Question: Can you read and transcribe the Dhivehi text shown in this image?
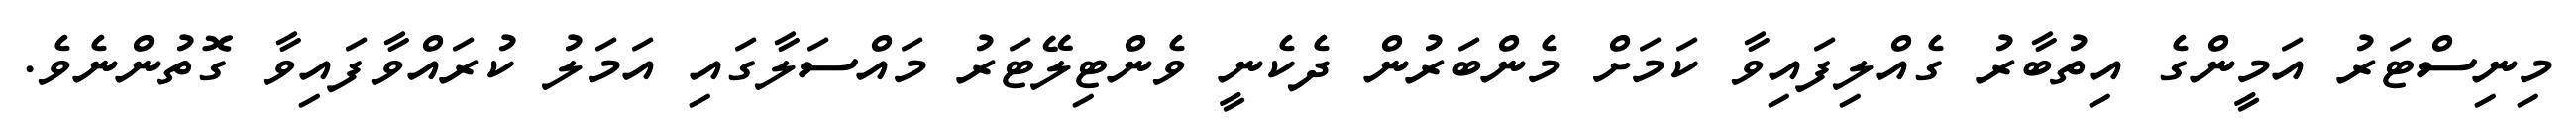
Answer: މިނިސްޓަރު އަމީންގެ އިތުބާރު ގެއްލިފައިވާ ކަމަށް މެންބަރުން ދެކެނީ ވެންޓިލޭޓަރު މައްސަލާގައި އަމަލު ކުރައްވާފައިވާ ގޮތުންނެވެ.